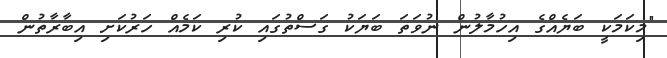
"މިކަމަކީ ބަޔެއްގެ އިހުމާލުން ނުވަތަ ބަޔަކު ގަސްތުގައި ކުރި ކަމެއް ހަރުކަށި އިބާރާތުން